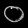
Digit: ၀